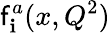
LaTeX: \mathsf{f}_{\mathbf{i}}^{a}(x,Q^{2})